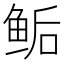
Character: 鲘